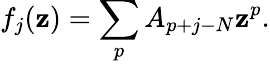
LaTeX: f_{j}(\mathbf{z})=\sum_{p}A_{p+j-N}\mathbf{z}^{p}.